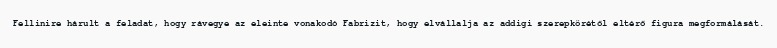
Fellinire hárult a feladat, hogy rávegye az eleinte vonakodó Fabrizit, hogy elvállalja az addigi szerepkörétől eltérő figura megformálását.